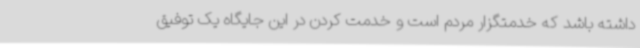
داشته باشد که خدمتگزار مردم است و خدمت کردن در این جایگاه یک توفیق